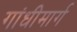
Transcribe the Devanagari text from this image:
गांधीमार्ग